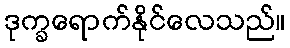
ဒုက္ခရောက်နိုင်လေသည်။